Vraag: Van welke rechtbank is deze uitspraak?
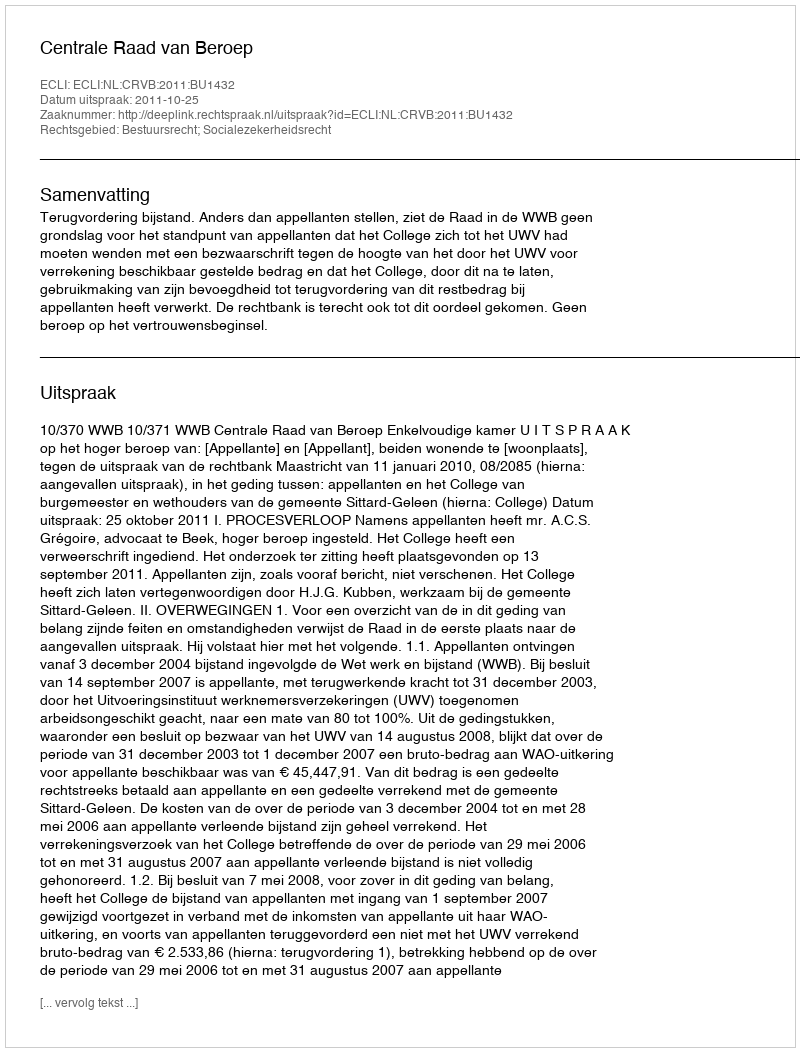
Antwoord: Centrale Raad van Beroep